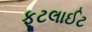
ફૂટલાઈટ